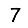
Digit: 7